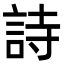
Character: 詩